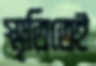
স্মৃতিতেই